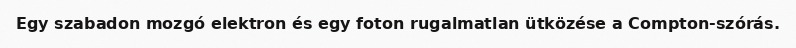
Egy szabadon mozgó elektron és egy foton rugalmatlan ütközése a Compton-szórás.